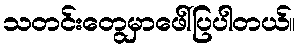
သတင်းတွေမှာဖေါ်ပြပါတယ်။